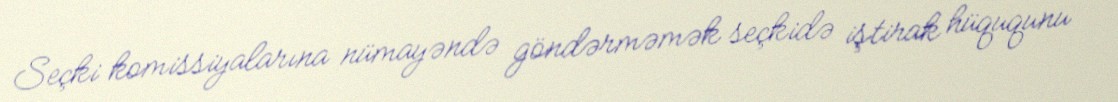
Seçki komissiyalarına nümayəndə göndərməmək seçkidə iştirak hüququnu